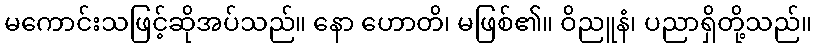
မကောင်းသဖြင့်ဆိုအပ်သည်။ နော ဟောတိ၊ မဖြစ်၏။ ဝိညူနံ၊ ပညာရှိတို့သည်။